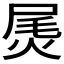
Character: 𰞫